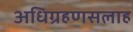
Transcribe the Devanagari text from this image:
अधिग्रहणसलाह